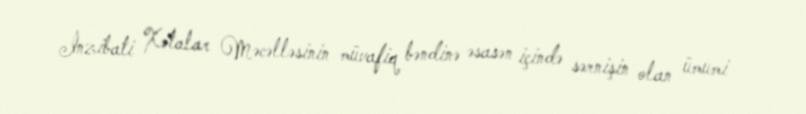
İnzibati Xətalar Məcəlləsinin müvafiq bəndinə əsasən içində sərnişin olan ümumi